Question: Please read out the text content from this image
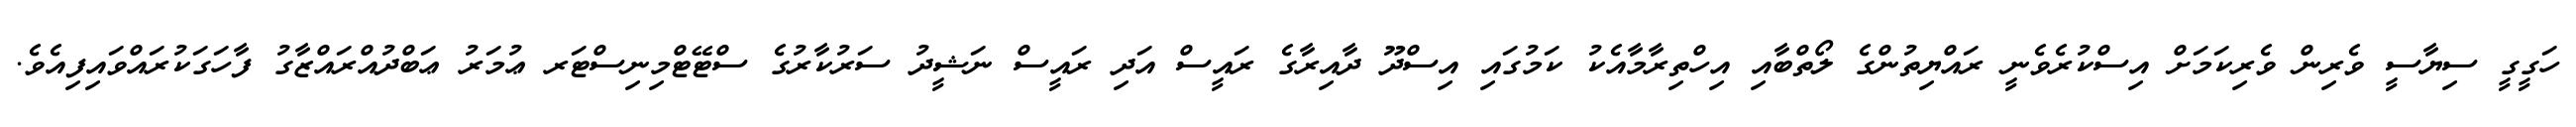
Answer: ހަގީގީ ސިޔާސީ ވެރިން ވެރިކަމަށް އިސްކުރެވެނީ ރައްޔިތުންގެ ލޯތްބާއި އިހްތިރާމާއެކު ކަމުގައި އިސްދޫ ދާއިރާގެ ރައީސް އަދި ރައީސް ނަޝީދު ސަރުކާރުގެ ސްޓޭޓްމިނިސްޓަރ ޢުމަރު ޢަބްދުއްރައްޒާގު ފާހަގަކުރައްވައިފިއެވެ.